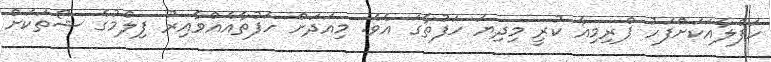
ހަފްލާއަކަށްފަހު ޕްރިމިއާ ކުރީ މިދިޔަ ހަފުތާގަ އެވެ. މިއަދަށް ހަފުތާއެއްވާއިރު ފިލްމުގެ ޝޯތަކަށް